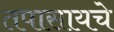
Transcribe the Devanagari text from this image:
तपासायचे